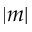
| m |